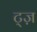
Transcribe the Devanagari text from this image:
ट्ज़